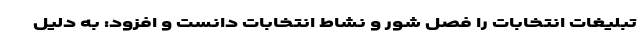
تبلیغات انتخابات را فصل شور و نشاط انتخابات دانست و افزود: به دلیل